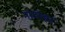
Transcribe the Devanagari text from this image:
नामोहर